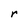
Character: r